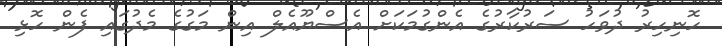
ހޮނިހިރު ދުވަހު ސަރުކާރުގެ އެންގުމަކަށް އެސްޔޫއެލް އިން މަގުގެ މެދުގައި ފެން ހޮޅި